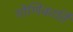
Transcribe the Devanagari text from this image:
गोणिकार्ति